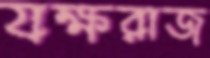
যক্ষরাজ